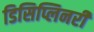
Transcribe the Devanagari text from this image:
डिसिप्लिनरी